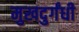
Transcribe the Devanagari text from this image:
मुखदुर्गंधी